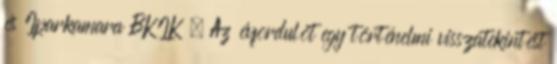
és Iparkamara BKIK . Az évfordulót egy történelmi visszatekintést